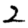
Digit: 2